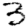
Digit: 3